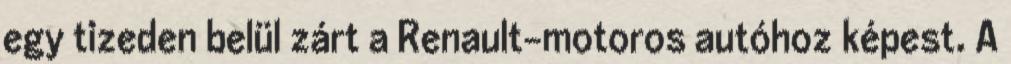
egy tizeden belül zárt a Renault-motoros autóhoz képest. A